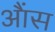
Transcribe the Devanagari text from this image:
आैंस